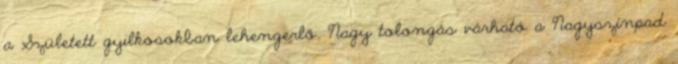
a Született gyilkosokban lehengerlő. Nagy tolongás várható a Nagyszínpad